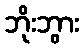
ဘိုးဘွား